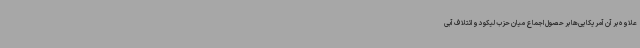
علاوه بر آن آمریکایی‌ها بر حصول اجماع میان حزب لیکود و ائتلاف آبی